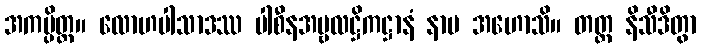
အကမ္ပိတ္ထ။ လောဟပါသာဒဿ ပါစီနအမ္ဗလဋ္ဌိကဋ္ဌာနံ နာမ အဟောသိ။ တတ္ထ နိသီဒိတွာ